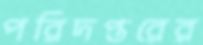
পরিদপ্তরের